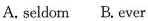
A.seldom B.Ever